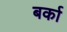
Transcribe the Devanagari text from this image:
बर्का